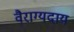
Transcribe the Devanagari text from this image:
वैराग्यदाय